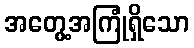
အတွေ့အကြုံရှိသော